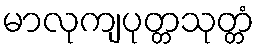
မာလုကျပုတ္တသုတ္တံ